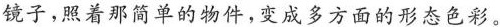
镜子，照着那简单的物件，变成多方面的形态色彩。